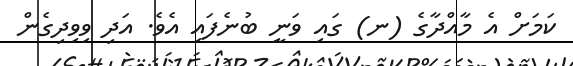
ކަމަށް އެ މާއްދާގެ (ނ) ގައި ވަނީ ބުނެފައި އެވެ. އަދި ވިވިދިގެން